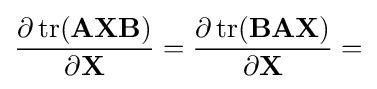
{\frac {\partial \operatorname {tr} (\mathbf {AXB} )}{\partial \mathbf {X} }}={\frac {\partial \operatorname {tr} (\mathbf {BAX} )}{\partial \mathbf {X} }}=